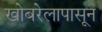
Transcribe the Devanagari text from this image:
खोबरेलापासून